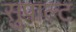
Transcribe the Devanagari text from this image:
सुपाल्ट